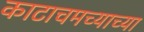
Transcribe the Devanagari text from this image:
काटाचमच्याच्या